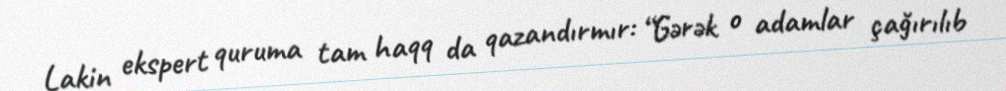
Lakin ekspert quruma tam haqq da qazandırmır: “Gərək o adamlar çağırılıb